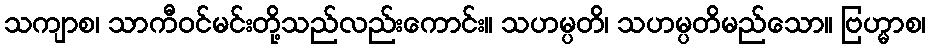
သကျာစ၊ သာကီဝင်မင်းတို့သည်လည်းကောင်း။ သဟမ္ပတိ၊ သဟမ္ပတိမည်သော။ ဗြဟ္မာစ၊